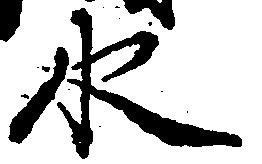
水